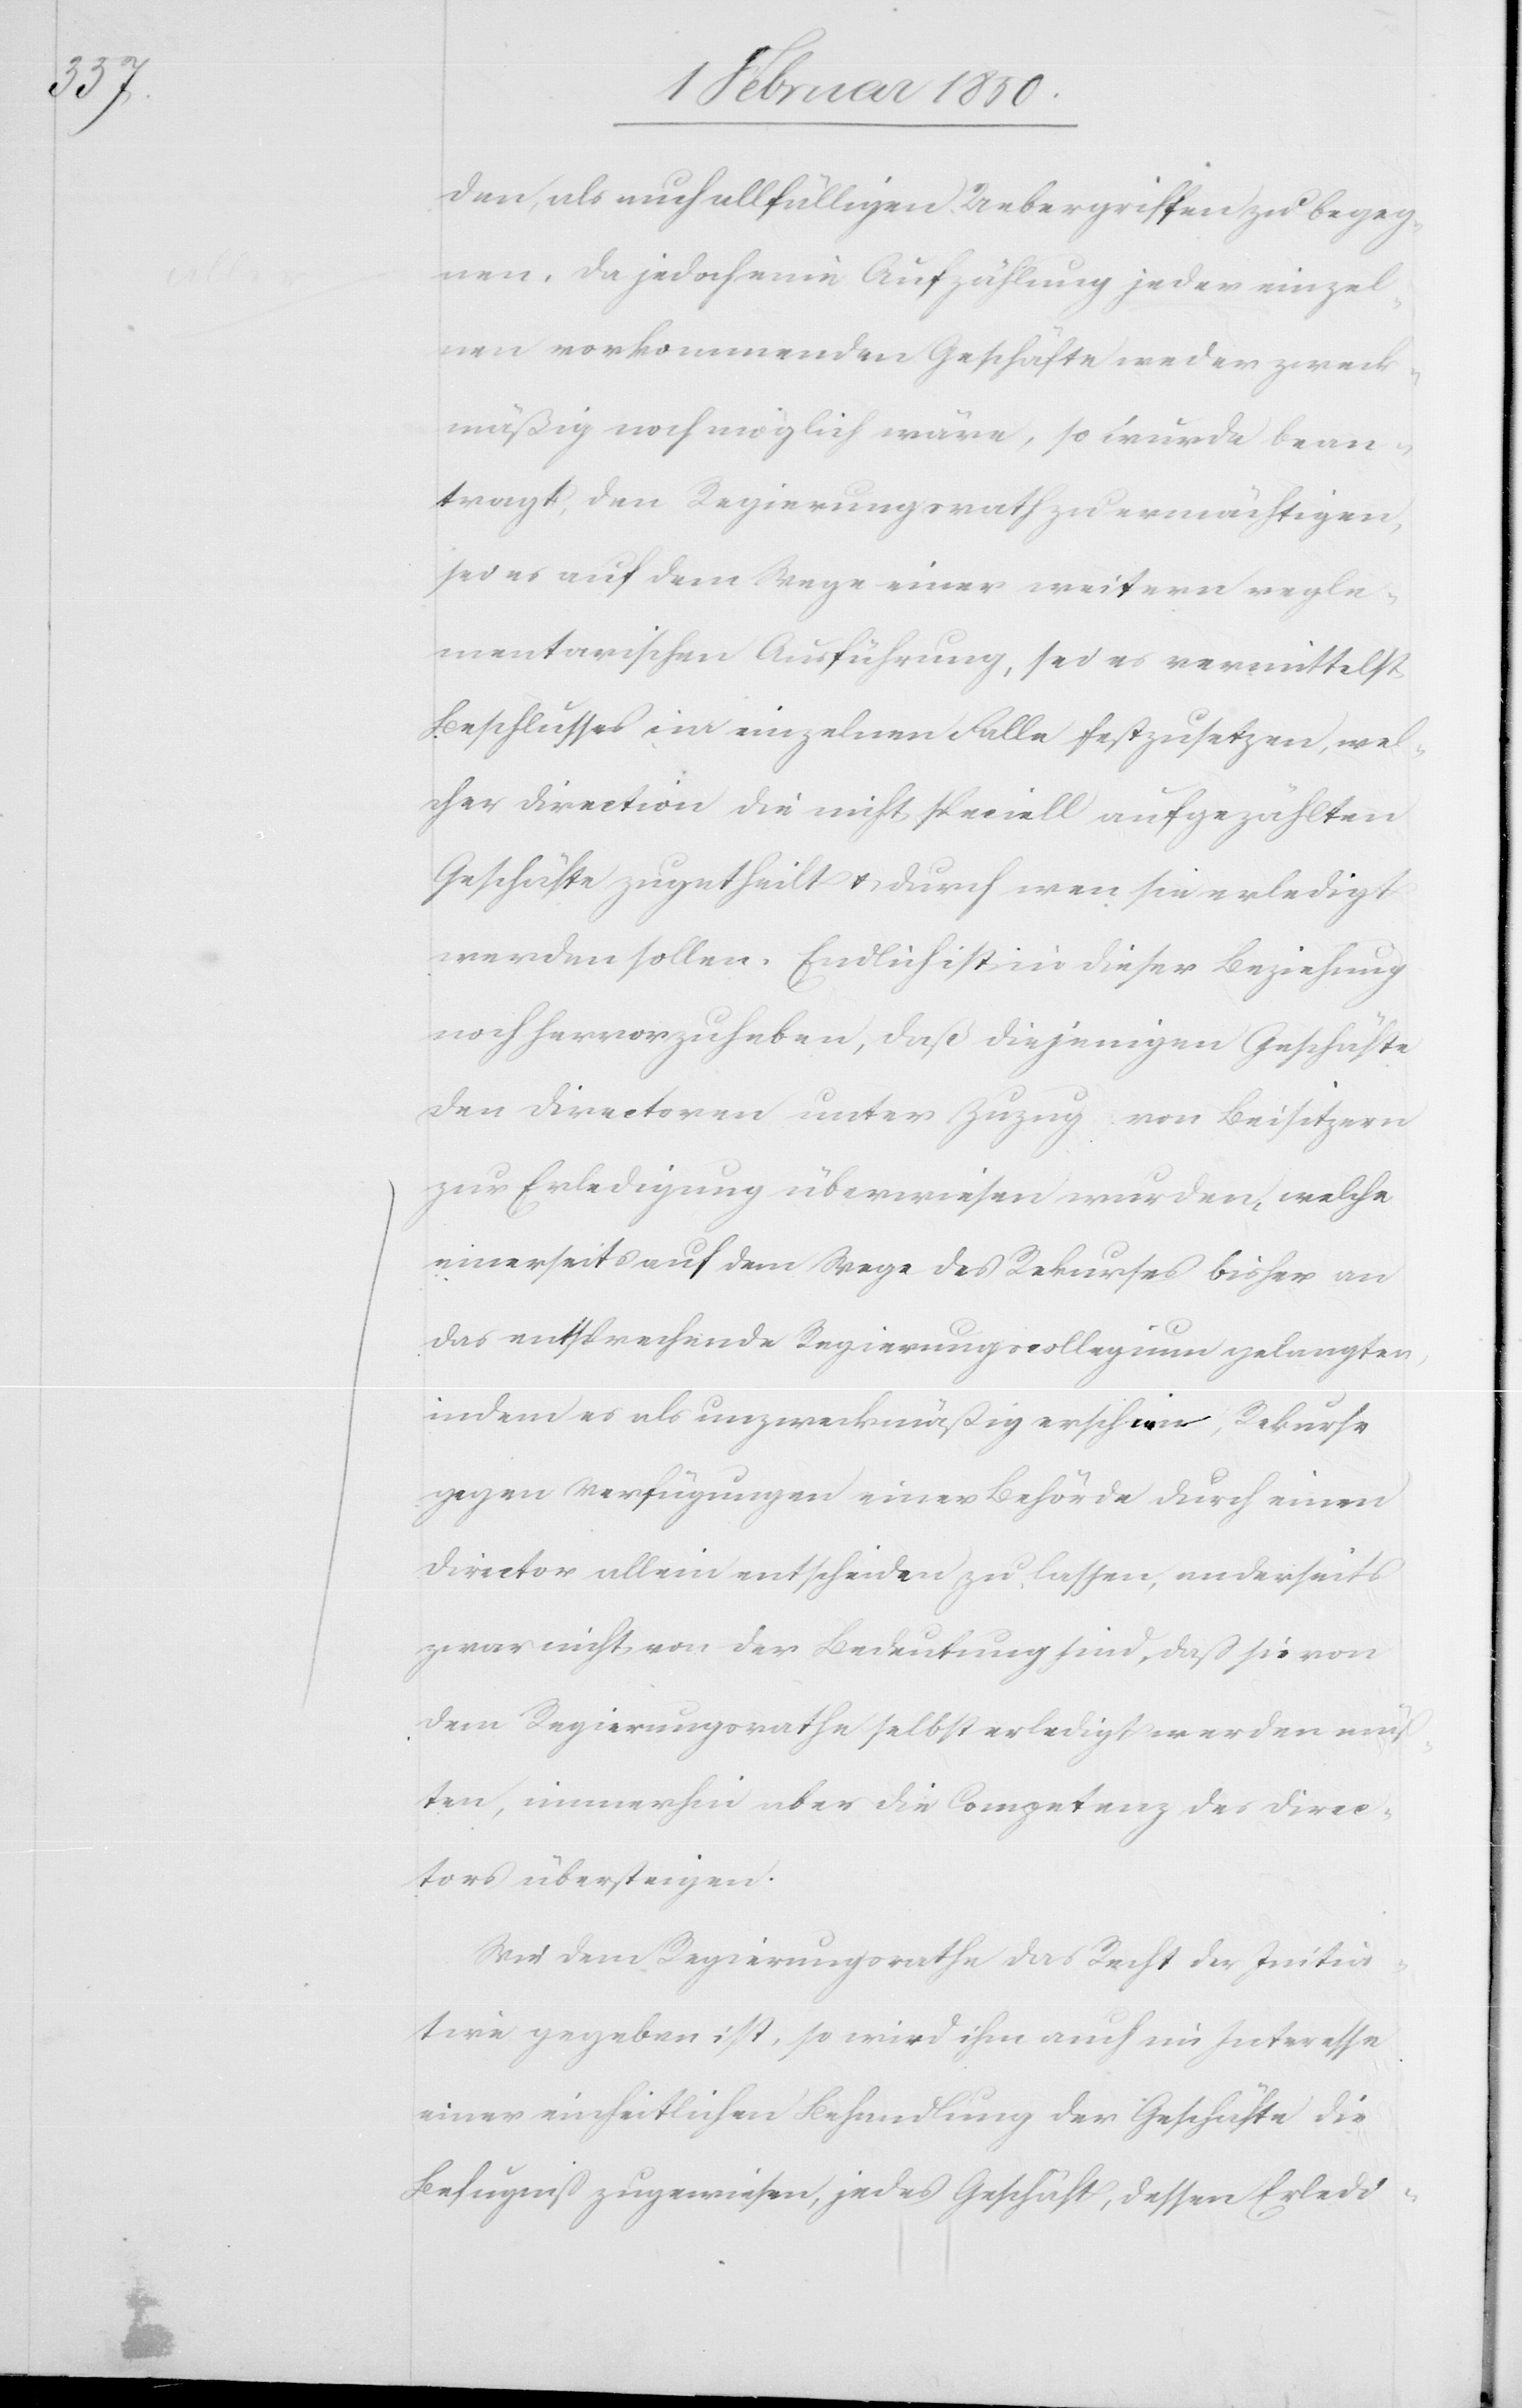
den, als auch allfälligen Uebergriffen zu begeg¬
nen. Da jedoch eine Aufzählung jeder einzel¬
nen vorkommenden Geschäfte weder zweck¬
mäßig noch möglich wäre, so wurde bean¬
tragt, den Regierungsrath zu ermächtigen,
sei es auf dem Wege einer weitern regle¬
mentarischen Ausführung, sei es vermittelst
Beschlusses im einzelnen Falle festzusetzen, wel¬
cher Direction die nicht speciell aufgezählten
Geschäfte zugetheilt u. durch wen sie erledigt
werden sollen. Endlich ist in dieser Beziehung
noch hervorzuheben, daß diejenigen Geschäfte
den Directoren unter Zuzug von Beisitzern
zur Erledigung überwiesen wurden, welche
einerseits auf dem Wege des Rekurses bisher an
das entsprechende Regierungscollegium gelangten,
indem es als unzweckmäßig erschien, Rekurs
gegen Verfügungen einer Behörde durch einen
Director allein entscheiden zu lassen, anderseits
zwar nicht von der Bedeutung sind, daß sie von
dem Regierungsrathe selbst erledigt werden müß¬
ten, immerhin aber die Competenz des Direc¬
tors übersteigen.
Wie dem Regierungsrathe das Recht der Initia¬
tive gegeben ist, so wird ihm auch im Interesse
einer einheitlichen Behandlung der Geschäfte die
Befugniß zugewiesen, jedes Geschäft, dessen Erledi-